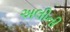
અલીની